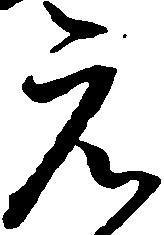
元